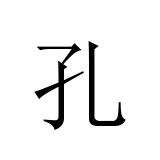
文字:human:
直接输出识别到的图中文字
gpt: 孔